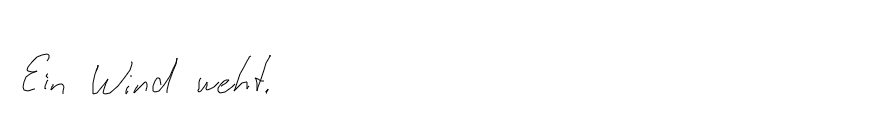
Ein Wind weht.